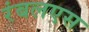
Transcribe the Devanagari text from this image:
रंबलएस